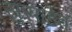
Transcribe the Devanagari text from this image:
सुसाहेब